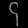
Digit: ၄